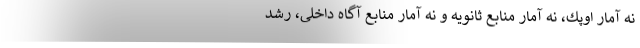
نه آمار اوپك، نه آمار منابع ثانویه و نه آمار منابع آگاه داخلی، رشد